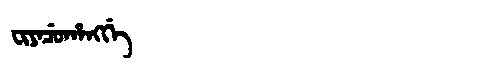
Manchu: ᠸᡳᠶᠠᠴᡠᡥᠠᠩᡤᡝ
Romanization: FIYACUHANGGE